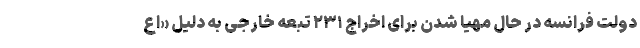
دولت فرانسه در حال مهیا شدن برای اخراج ۲۳۱ تبعه خارجی به دلیل «اع